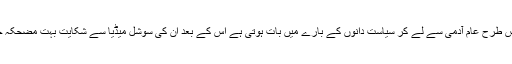
الیکٹرانک میڈیا پر جس طرح عام آدمی سے لے کر سیاست دانوں کے بارے میں بات ہوتی ہے اس کے بعد ان کی سوشل میڈیا سے شکایت بہت مضحکہ خیز بات نظر آتی ہے۔